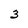
Character: 3